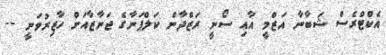
އެކްޓްރެސް ޝަބާނާ އަޒްމީ އާއި ސޯނީ ރަޒްދާން ކަލްޕަނާގެ ޖަނާޒާއަށް ހާޒިރުވަނީ --